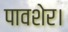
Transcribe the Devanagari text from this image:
पावशेर।